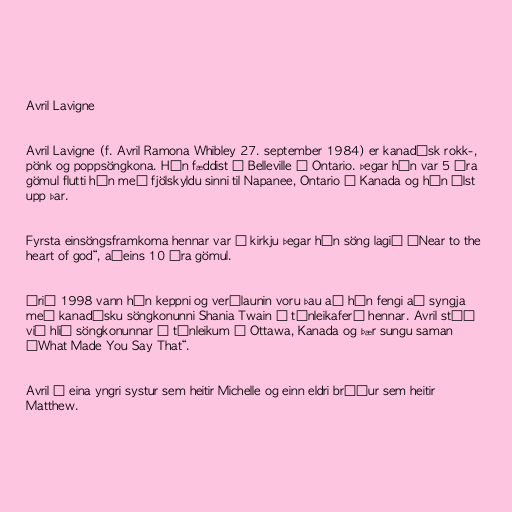
Avril Lavigne

Avril Lavigne (f. Avril Ramona Whibley 27. september 1984) er kanadísk rokk-,
pönk og poppsöngkona. Hún fæddist í Belleville í Ontario. Þegar hún var 5 ára
gömul flutti hún með fjölskyldu sinni til Napanee, Ontario í Kanada og hún ólst
upp þar.

Fyrsta einsöngsframkoma hennar var í kirkju þegar hún söng lagið „Near to the
heart of god“, aðeins 10 ára gömul.

Árið 1998 vann hún keppni og verðlaunin voru þau að hún fengi að syngja
með kanadísku söngkonunni Shania Twain í tónleikaferð hennar. Avril stóð
við hlið söngkonunnar á tónleikum í Ottawa, Kanada og þær sungu saman
„What Made You Say That“.

Avril á eina yngri systur sem heitir Michelle og einn eldri bróður sem heitir
Matthew.